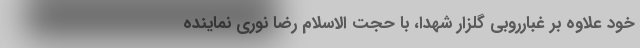
خود علاوه بر غبارروبی گلزار شهدا، با حجت الاسلام رضا نوری نماینده